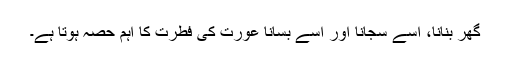
گھر بنانا، اسے سجانا اور اسے بسانا عورت کی فطرت کا اہم حصہ ہوتا ہے۔